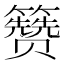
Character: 𬖃